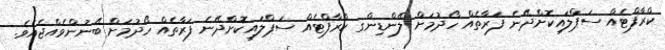
ކްރާފްޓެއް ސަޕްލައިކޮށްދޭނެ ފަރާތެއް ހޯދުމަށް ލޭންޑިންގ ކްރާފްޓެއް ސަޕްލައިކޮށްދޭނެ ފަރާތެއް ހޯދުމަށް ބޭނުންވެއްޖެއެވެ.